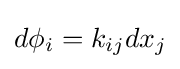
d\phi _{i}=k_{ij}dx_{j}